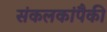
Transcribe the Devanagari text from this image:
संकलकांपैकी